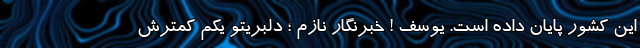
این کشور پایان داده است. یوسف ! خبرنگارِ نازم ؛ دلبریتو یکم کمترش